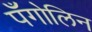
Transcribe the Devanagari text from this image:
पँगोलिन